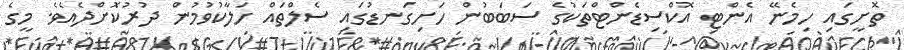
ތޮށީގައި ހިމެނޭ އެންޓި އޮކްސިޑެންޓްތަކުގެ ސަބަބުން ހަށިގަނޑުގައި ސެލްތައް ހަލާކުވުމުން ދުރުކޮށްދެއެވެ. މީގެ